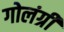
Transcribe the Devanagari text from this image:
गोलंग्री